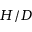
H / D